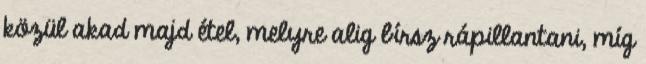
közül akad majd étel, melyre alig bírsz rápillantani, míg